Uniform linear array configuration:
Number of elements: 12
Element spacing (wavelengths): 0.25
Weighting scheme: blackman
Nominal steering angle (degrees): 0
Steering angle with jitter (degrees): -0.1511
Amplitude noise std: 0.05
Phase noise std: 0.05

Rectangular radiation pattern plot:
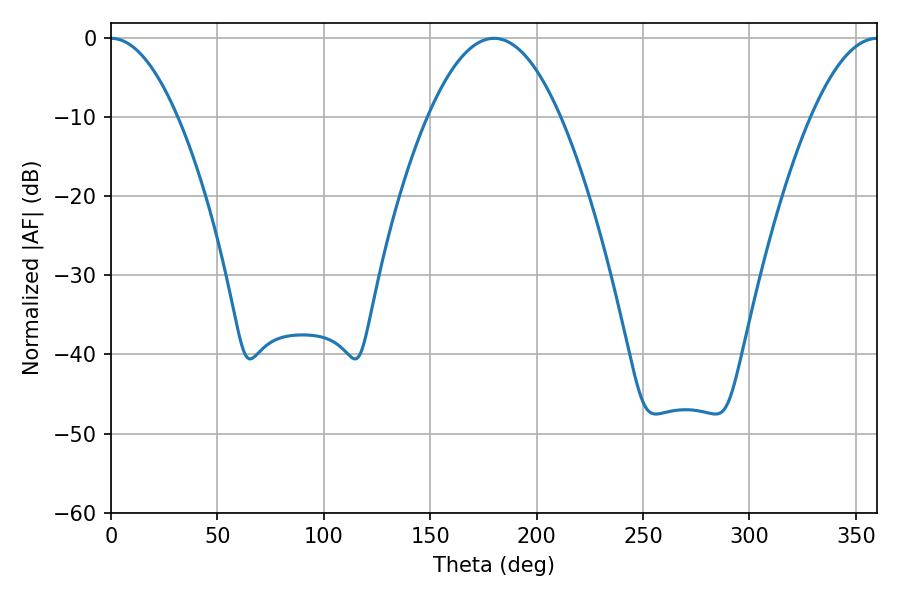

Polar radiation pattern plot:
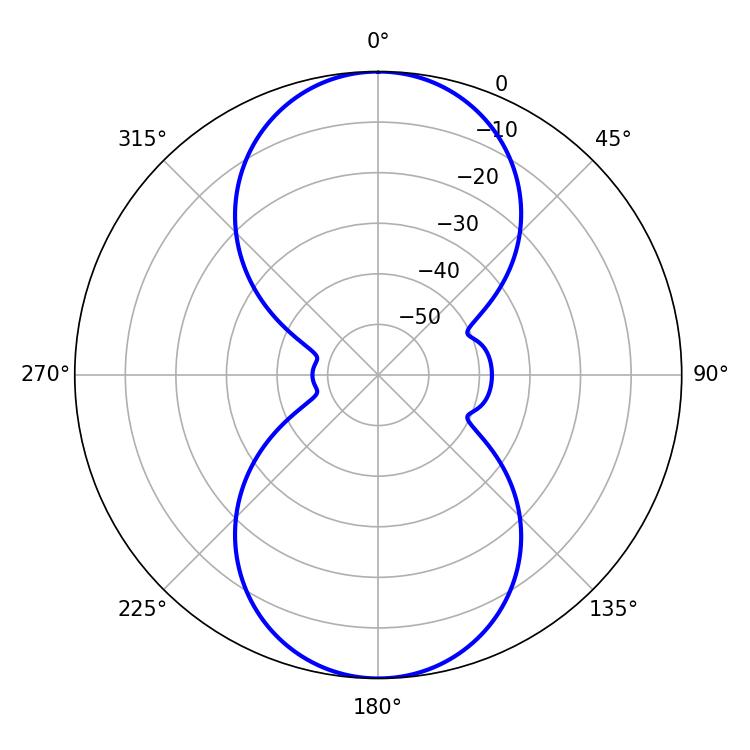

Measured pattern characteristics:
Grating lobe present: FALSE
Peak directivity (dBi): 36.666
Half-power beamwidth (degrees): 17.1
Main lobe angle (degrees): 0